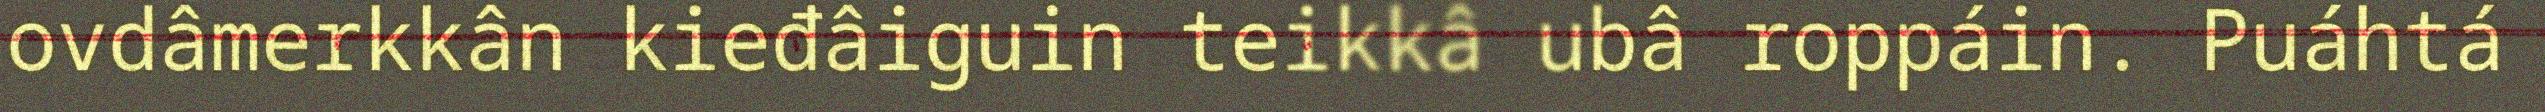
ovdâmerkkân kieđâiguin teikkâ ubâ roppáin. Puáhtá